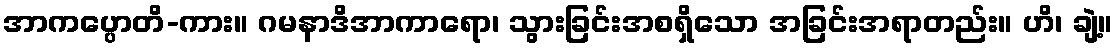
အာကပ္ပောတိ-ကား။ ဂမနာဒိအာကာရော၊ သွားခြင်းအစရှိသော အခြင်းအရာတည်း။ ဟိ၊ ချဲ့။